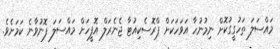
މައްސަލަ ތަހުގީގުކޮށް ނިމުނުހާ އަވަހަކަށް ޕްރޮސެކިއުޓާ ޖެނެރަލް އޮފީހަށް މައްސަލަ ފޮނުވާނެ ކަމަށެވެ.